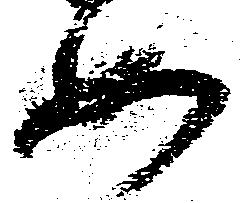
如